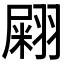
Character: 𦑫